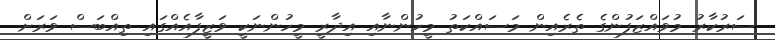
ސަރުކާރު މުވައްޒަފުންގެ ތެރެއިން މަސައްކަތު މީހުންނާއި އިދާރީ މީހުންނަކީ ވަޒީފާއެއްގައި ތިއްބަސް ވަރަށް